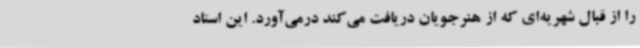
را از قبال شهریه‌ای که از هنرجویان دریافت می‌کند درمی‌آورد. این استاد